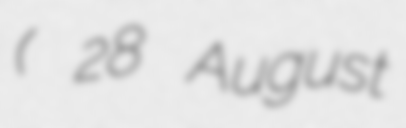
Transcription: ( 28 August